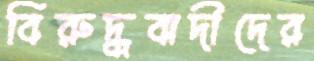
বিরুদ্ধবাদীদের